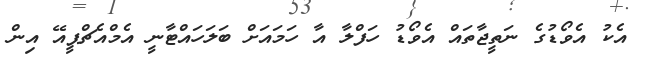
އެކު އެވޯޑުގެ ނަތީޖާތައް އެވޯޑު ހަފްލާ އާ ހަމައަށް ބަލަހައްޓާނީ އެމްއެޗްޕީއޭ އިން